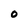
Character: O